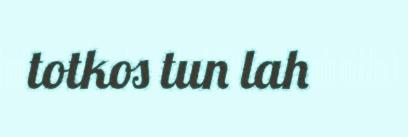
totkos tun lah